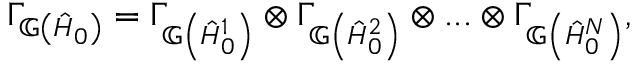
\Gamma _ { \mathbb { G } \left( \hat { H } _ { 0 } \right) } = \Gamma _ { \mathbb { G } \left( \hat { H } _ { 0 } ^ { 1 } \right) } \otimes \Gamma _ { \mathbb { G } \left( \hat { H } _ { 0 } ^ { 2 } \right) } \otimes . . . \otimes \Gamma _ { \mathbb { G } \left( \hat { H } _ { 0 } ^ { N } \right) } ,